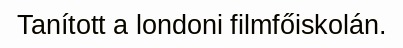
Tanított a londoni filmfőiskolán.